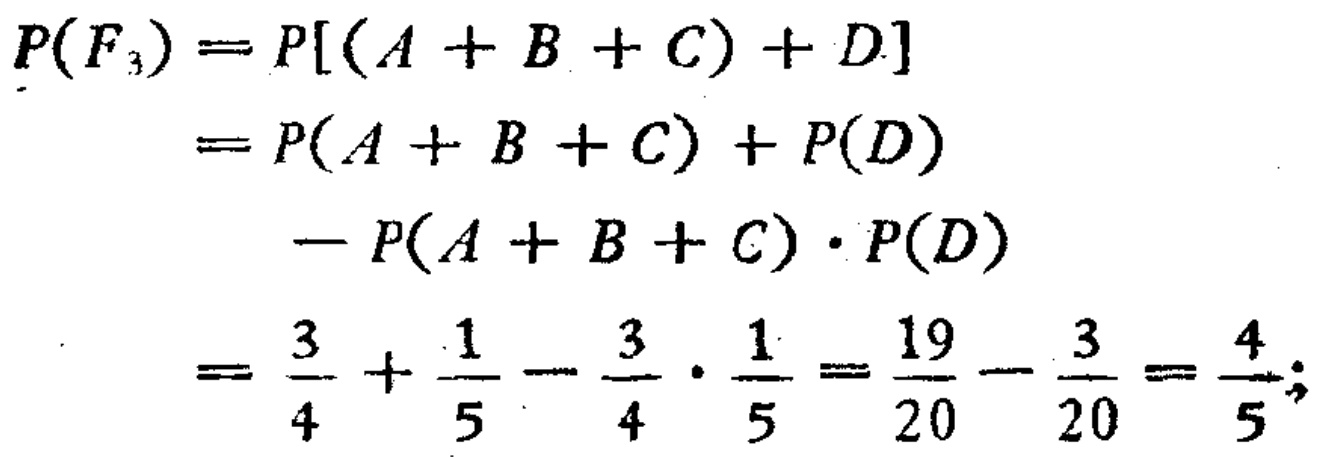
\[

\begin{align*}

P(F_3)&=P[(A + B + C)+D]\\

&=P(A + B + C)+P(D)\\

&\quad -P(A + B + C)\cdot P(D)\\

&=\frac{3}{4}+\frac{1}{5}-\frac{3}{4}\cdot\frac{1}{5}=\frac{19}{20}-\frac{3}{20}=\frac{4}{5};

\end{align*}

\]